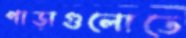
পাড়াগুলোতে